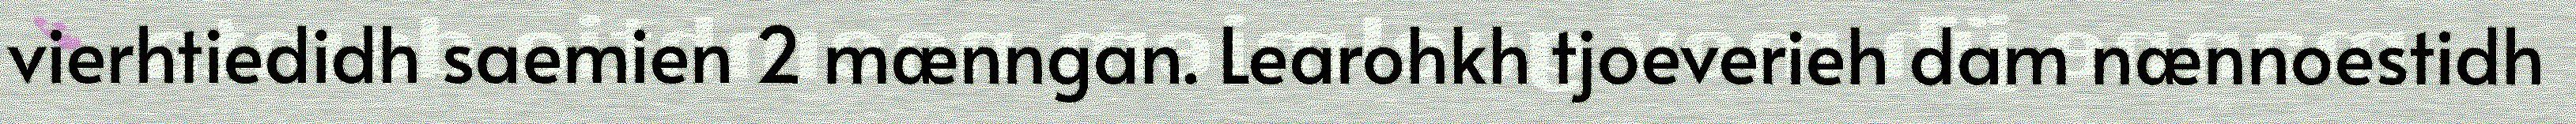
vierhtiedidh saemien 2 mænngan. Learohkh tjoeverieh dam nænnoestidh